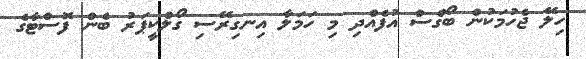
ހިލޭ ޖެހުމަކުން ބޯގްސް އުފެއްދި މި ހަމަލާ އިނގިރޭސި ގޯލްކީޕަރު ބެން ފޮސްޓާގެ